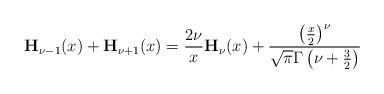
LaTeX: \begin{align*}\mathbf{H}_{\nu-1}(x)+\mathbf{H}_{\nu+1}(x)=\frac{2\nu}{x}\mathbf{H}_{\nu}(x)+\frac{\left(\frac{x}{2}\right)^{\nu}}{\sqrt{\pi}\Gamma\left(\nu+\frac{3}{2}\right)}\end{align*}